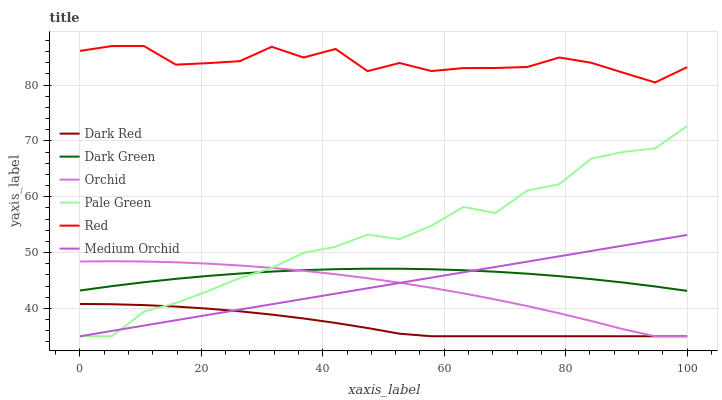
| xaxis_label | Dark Red | Dark Green | Orchid | Pale Green | Red | Medium Orchid |
 | --- | --- | --- | --- | --- | --- | --- |
 | 0 | 40.8 | 43.2 | 48.4 | 35 | 86.1 | 35 |
 | 5.26 | 40.7 | 44 | 48.4 | 35 | 87 | 36 |
 | 10.5 | 40.6 | 44.7 | 48.4 | 39.4 | 87 | 36.9 |
 | 15.8 | 40.3 | 45.3 | 48.2 | 40.9 | 83.7 | 37.9 |
 | 21.1 | 39.9 | 45.8 | 48 | 43.1 | 83.9 | 38.8 |
 | 26.3 | 39.5 | 46.2 | 47.7 | 45.4 | 84.3 | 39.8 |
 | 31.6 | 38.9 | 46.6 | 47.3 | 47.2 | 86.9 | 40.7 |
 | 36.8 | 38.2 | 46.8 | 46.7 | 49.9 | 84.9 | 41.7 |
 | 42.1 | 37.4 | 47 | 46.1 | 51 | 86.5 | 42.6 |
 | 47.4 | 36.5 | 47.1 | 45.4 | 53.2 | 82.5 | 43.6 |
 | 52.6 | 35.5 | 47.1 | 44.6 | 52.4 | 84 | 44.6 |
 | 57.9 | 35 | 47 | 43.7 | 54.8 | 82.5 | 45.5 |
 | 63.2 | 35 | 46.8 | 42.7 | 58.2 | 83 | 46.5 |
 | 68.4 | 35 | 46.6 | 41.6 | 57.1 | 83.1 | 47.4 |
 | 73.7 | 35 | 46.2 | 40.4 | 61.1 | 83.2 | 48.4 |
 | 78.9 | 35 | 45.8 | 39.1 | 62.2 | 84.9 | 49.3 |
 | 84.2 | 35 | 45.2 | 37.7 | 66.8 | 84 | 50.3 |
 | 89.5 | 35 | 44.6 | 36.3 | 68 | 82.2 | 51.2 |
 | 94.7 | 35 | 43.9 | 35 | 68.7 | 80.5 | 52.2 |
 | 100 | 35 | 43.1 | 35 | 72.7 | 83.2 | 53.1 |